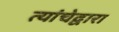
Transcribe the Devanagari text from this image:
त्यांचेद्वारा